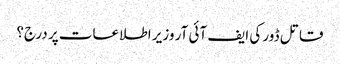
قاتل ڈور کی ایف آئی آر وزیر اطلاعات پر درج؟